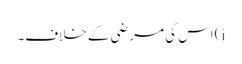
i)اس کی مرضی کے خلاف۔